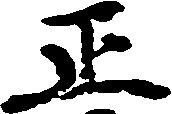
正